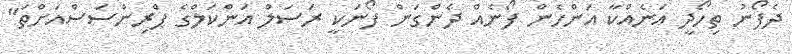
ދެފޯނު ތިހޯދީ އަނެއްކާ އަންހެން ފޯނެއް ދެންގަން ފޯނަކީ ރަސަލް އަންކަލްގެ ޕްރިންސަސްއަށްތަ"